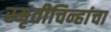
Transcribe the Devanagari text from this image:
स्मृतीचिन्हांचा